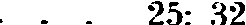
. . . 25: 32